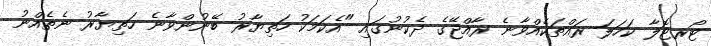
ޓޯރޓޮލާ ކަހަލަ ރައްތަކެއްވާނެ ރާއްޖޭގެ ދެކުނުގައި "އެކަމަކު ހަތިޔާރު ބޭނުންވާނެ ހަތިޔާރު ނެތެއްނު